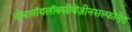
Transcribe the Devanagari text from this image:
नोनानॉयलॉक्सीबेंज़ीनसल्फोनेट